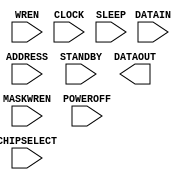
module SB_SPRAM256KA(
	ADDRESS, DATAIN, MASKWREN,WREN,CHIPSELECT,CLOCK,STANDBY,SLEEP,POWEROFF,DATAOUT
)/* synthesis syn_black_box syn_lib_cell=1 TEST_SPRAM="" */;
input [13:0] ADDRESS;
input [15:0] DATAIN;
input [3:0] MASKWREN;
input WREN,CHIPSELECT,CLOCK,STANDBY,SLEEP,POWEROFF;
output [15:0] DATAOUT;
endmodule